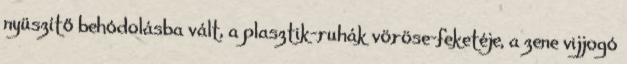
nyüszítő behódolásba vált, a plasztik-ruhák vöröse-feketéje, a zene vijjogó